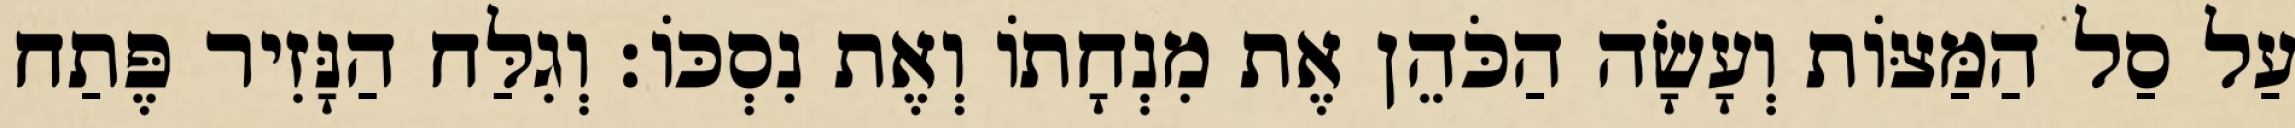
עַל סַל הַמַּצּוֹת וְעָשָׂה הַכֹּהֵן אֶת מִנְחָתוֹ וְאֶת נִסְכּוֹ׃ וְגִלַּח הַנָּזִיר פֶּתַח